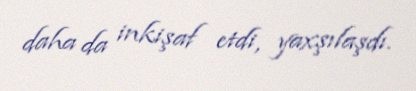
daha da inkişaf etdi, yaxşılaşdı.